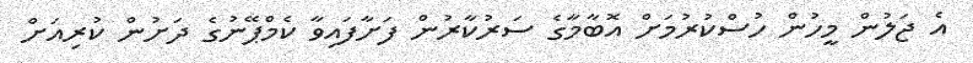
އެ ޖަލުން މީހުން ހުސްކުރުމަށް އޮބާމާގެ ސަރުކާރުން ފަށާފައިވާ ކެމްޕޭނުގެ ދަށުން ކުރިއަށް